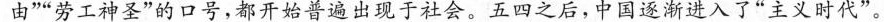
由””劳工神圣”的口号，都开始普遍出现于社会。五四之后，中国逐渐进入了”主义时代”。